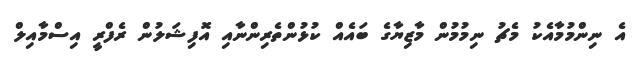
އެ ނިންމުމާއެކު މެޗު ނިމުމުން މާޒިޔާގެ ބައެއް ކުޅުންތެރިންނާއި އޮފިޝަލުން ރެފްރީ އިސްމާއިލް